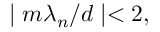
\mid m \lambda _ { n } / d \mid < 2 ,